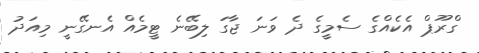
ގްރޫޕް އެކެއްގެ ސެމީގެ ދެ ވަނަ ޖާގަ ލިބޭނެ ޓީމެއް އެނގޭނީ މިއަދު